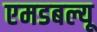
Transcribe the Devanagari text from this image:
एमडबल्यू